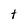
Character: t